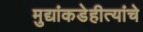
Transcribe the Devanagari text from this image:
मुद्यांकडेहीत्यांचे